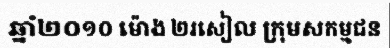
ឆ្នាំ២០១០ ម៉ោង ២រសៀល ក្រុមសកម្មជន